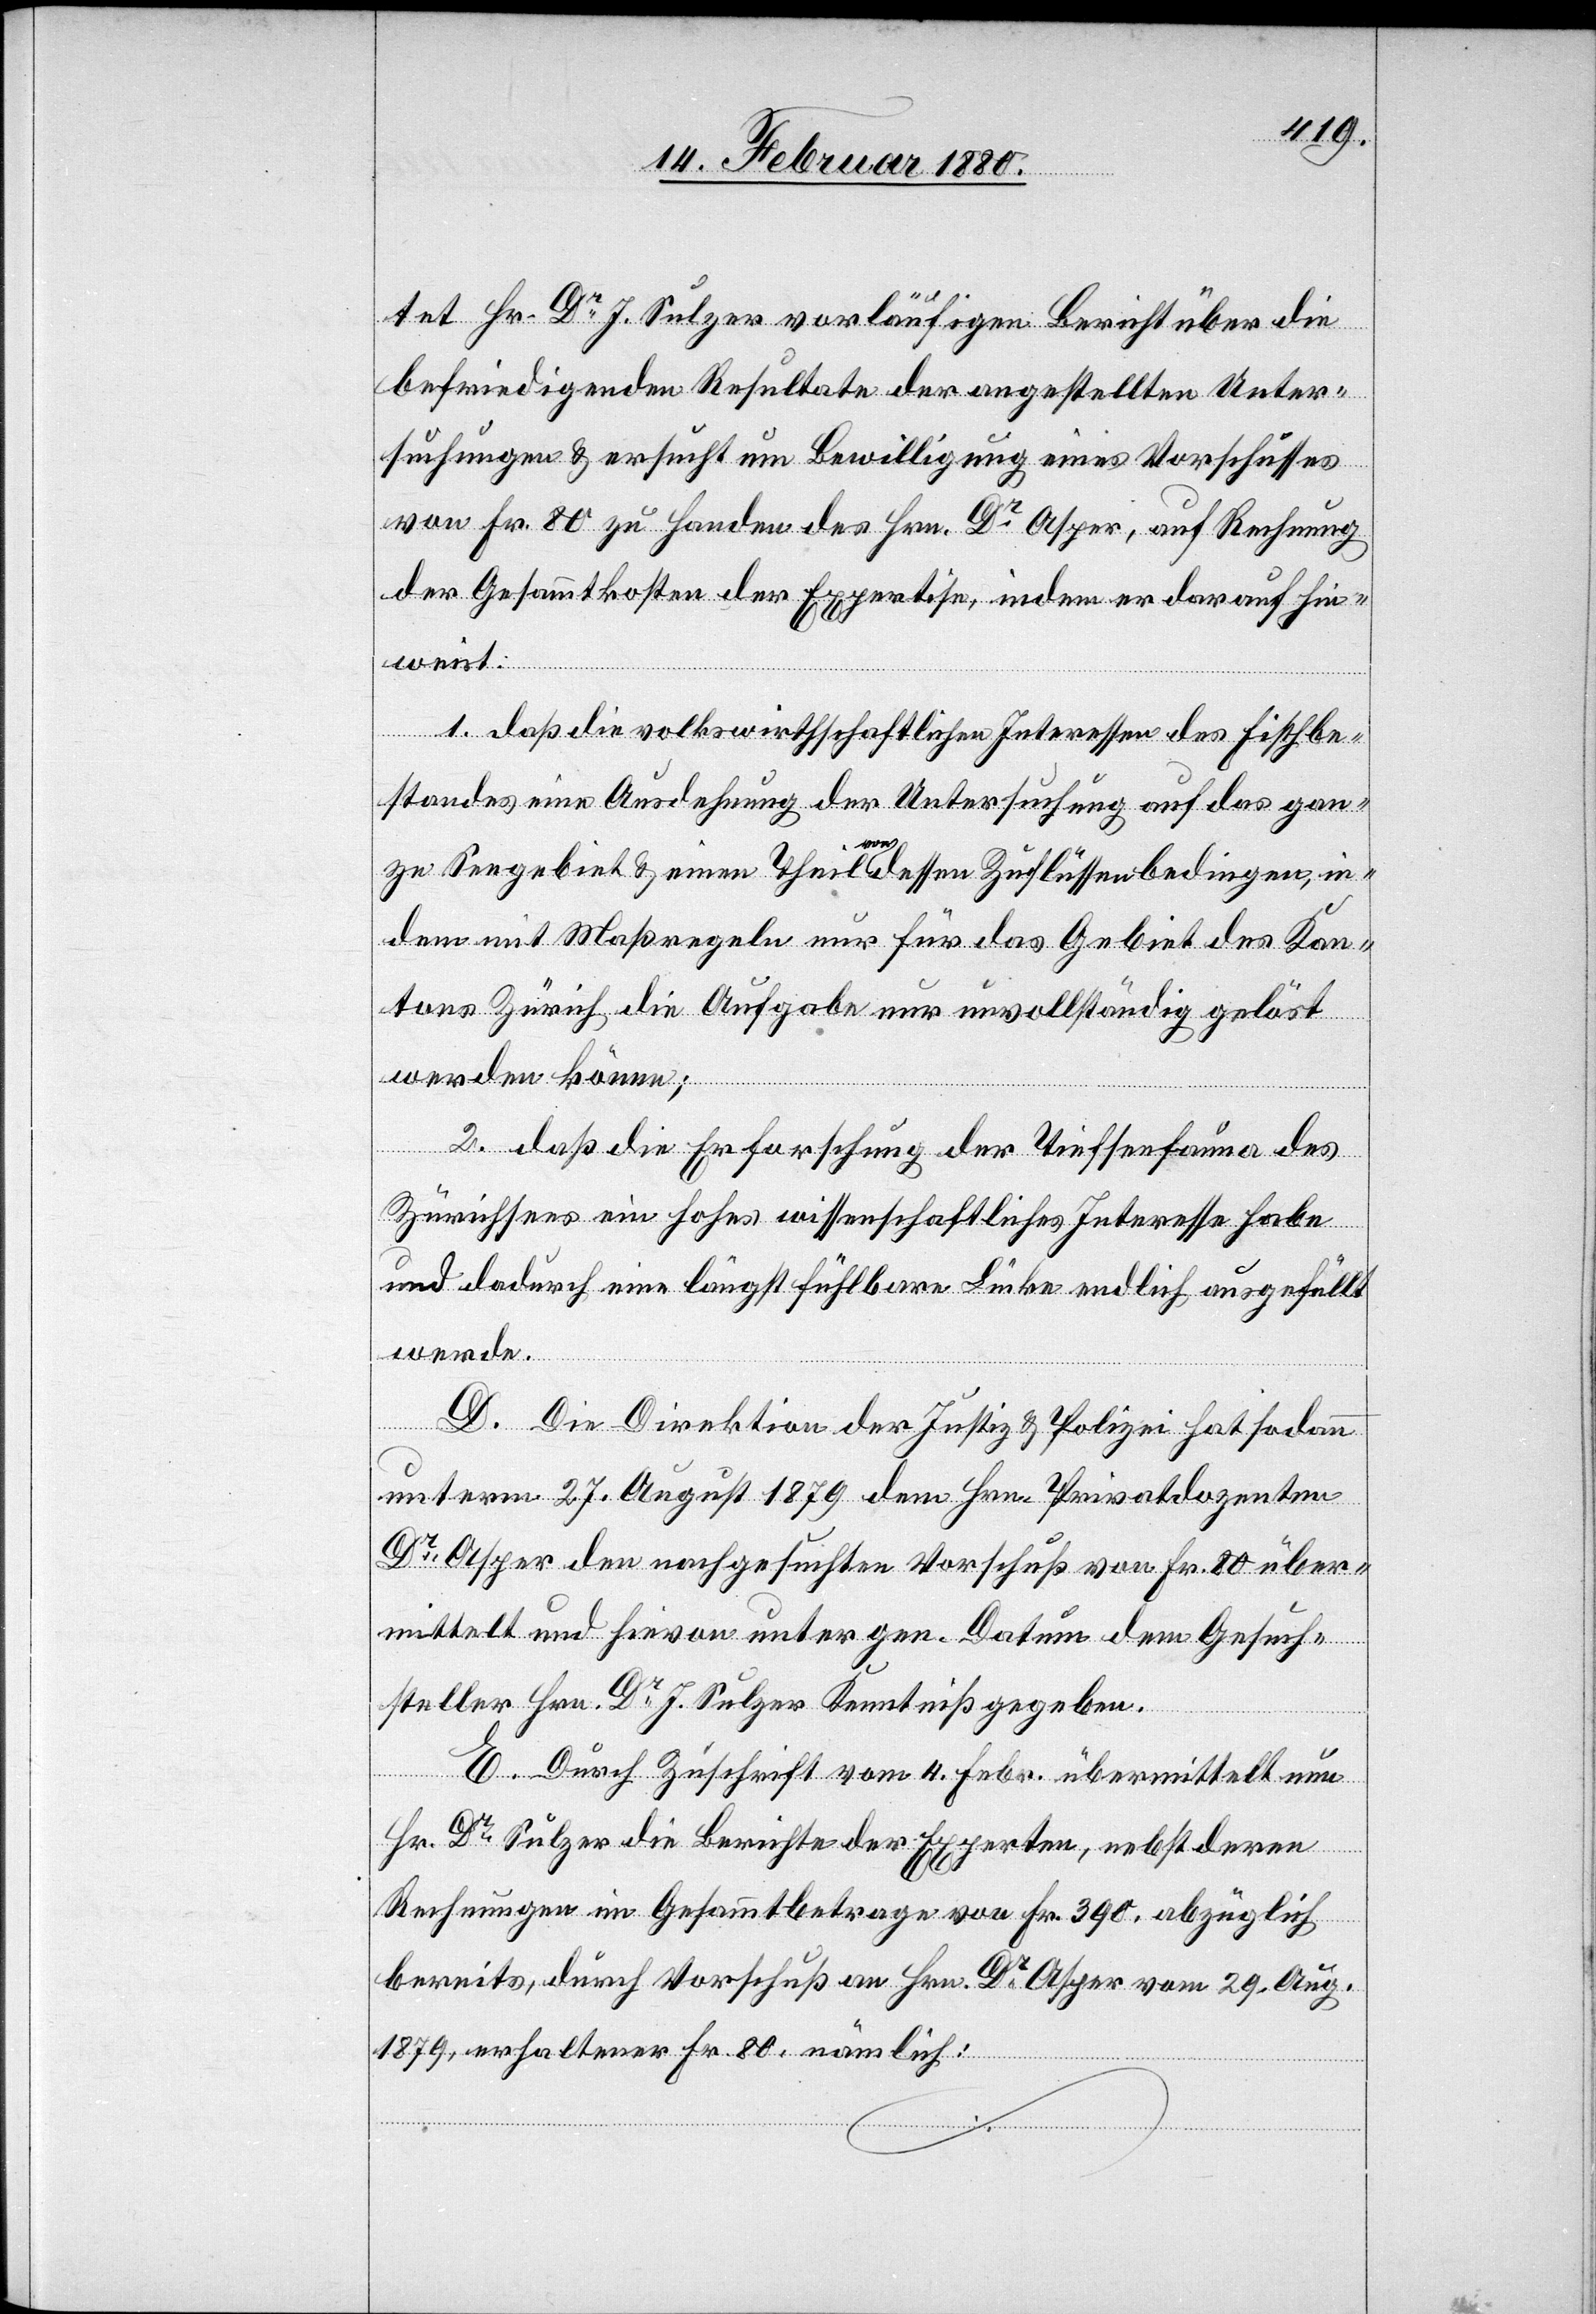
tet Hr. Dr J. Sulzer vorläufigen Bericht über die
befriedigenden Resultate der angestellten Unter¬
suchungen & ersucht um Bewilligung eines Vorschusses
von Fr. 80 zu Handen des Hrn. Dr Asper, auf Rechnung
der Gesammtkosten der Expertise, indem er darauf hin¬
weist:
1. daß die volkswirthschaftlichen Interessen des Fischbe¬
standes eine Ausdehnung der Untersuchung auf das gan¬
ze Seegebiet & einen Theil von dessen Zuflüssen bedingen, in¬
dem mit Maßregeln nur für das Gebiet des Kan¬
tons Zürich die Aufgabe nur unvollständig gelöst
werden könne;
2. daß die Erforschung der Tiefseefauna des
Zürichsees ein hohes wissenschaftliches Interesse habe
und dadurch eine längst fühlbare Lücke endlich ausgefüllt
werde.
D. Die Direktion der Justiz & Polizei hat sodann
unterm 27. August 1879 dem Hrn. Privatdozenten
Dr Asper den nachgesuchten Vorschuß von Fr. 80 über¬
mittelt und hievon unter gen. Datum dem Gesuch¬
steller Hrn Dr. J. Sulzer Kenntniß gegeben.
E. Durch Zuschrift vom 4. Febr. übermittelt nun
Hr. Dr Sulzer die Berichte des Experten, nebst deren
Rechnungen im Gesammtbetrage von Fr. 390, abzüglich
bereits durch Vorschuß an Hrn. Dr Asper vom 29. Aug.
1879, erhaltener Fr. 80., nämlich: